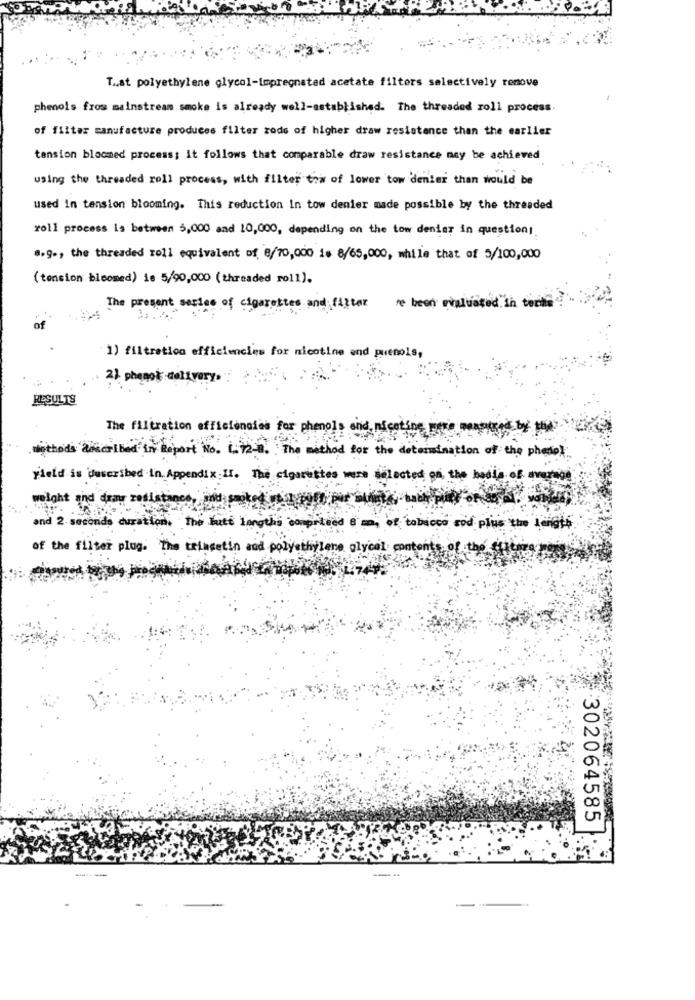
T .. st polyethylene glycol-impregnated acetate filters selectively remove
phenols fros mainstream smoke is already well-established. The threaded roll process.
of filter manufacture produces filter rods of higher draw resistance than the earlier
tension bloomed process; It follows that comparable draw resistance may be achieved
using the threaded roll process, with filter tow of lower tow denier than would be
used in tension blooming. This reduction In tow denier made possible by the threaded
roll process is between 5,000 and 10,000, depending on the tow denier in question:
8.9 ., the threaded roll equivalent of 8/70,000 is 8/65,000, while that of 5/100,000
(tencion bloomed) ie 5/90,000 (threaded roll).
The present series of cigarettes and filter re been evaluated. in techs
1) filtration efficiencies for nicotine and puenols,
2) phenol delivery.
RESULTS
The filtration efficiencies for phenols and nicotine were
igthods described in Report No. 1.2-0. The method for the determination of the photo]
yield is described in. Appendix : 11. The cigarettes were selected on, the badla. of. average
weight and draw resistance, and
and 2 seconds duration. the late lengths comprised
of tobacco sod plus the Langhe.
of the filter plug. The trinsetin and polyethylene glycol contents of the
302064585